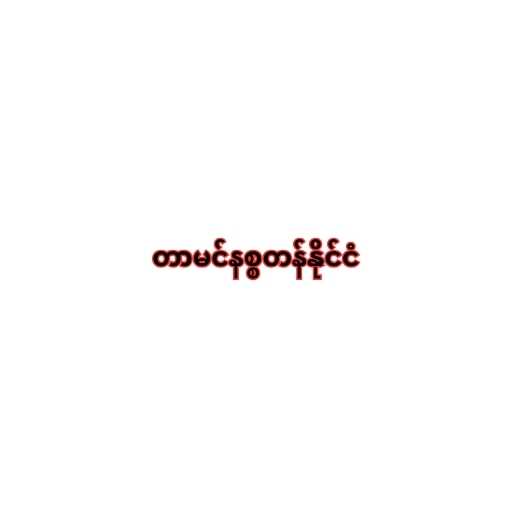
တာမင်နစ္စတန်နိုင်ငံ